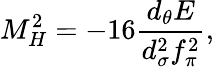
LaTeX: M_{H}^{2}=-16\frac{d_{\theta}E}{d_{\sigma}^{2}f_{\pi}^{2}},